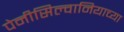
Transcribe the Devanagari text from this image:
पेनीसिल्वानियाच्या